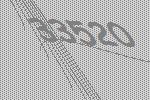
33520